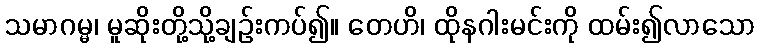
သမာဂမ္မ၊ မူဆိုးတို့သို့ချဉ်းကပ်၍။ တေဟိ၊ ထိုနဂါးမင်းကို ထမ်း၍လာသော